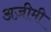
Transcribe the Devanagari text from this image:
अज़ीमी